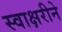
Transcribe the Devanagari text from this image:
स्वाक्षरीने